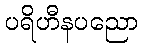
ပရိဟီနပညော